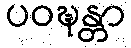
ပဝဍ္ဎန္တာ